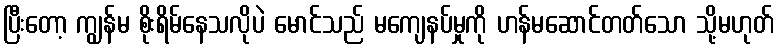
ပြီးတော့ ကျွန်မ စိုးရိမ်နေသလိုပဲ မောင်သည် မကျေနပ်မှုကို ဟန်မဆောင်တတ်သော သို့မဟုတ်